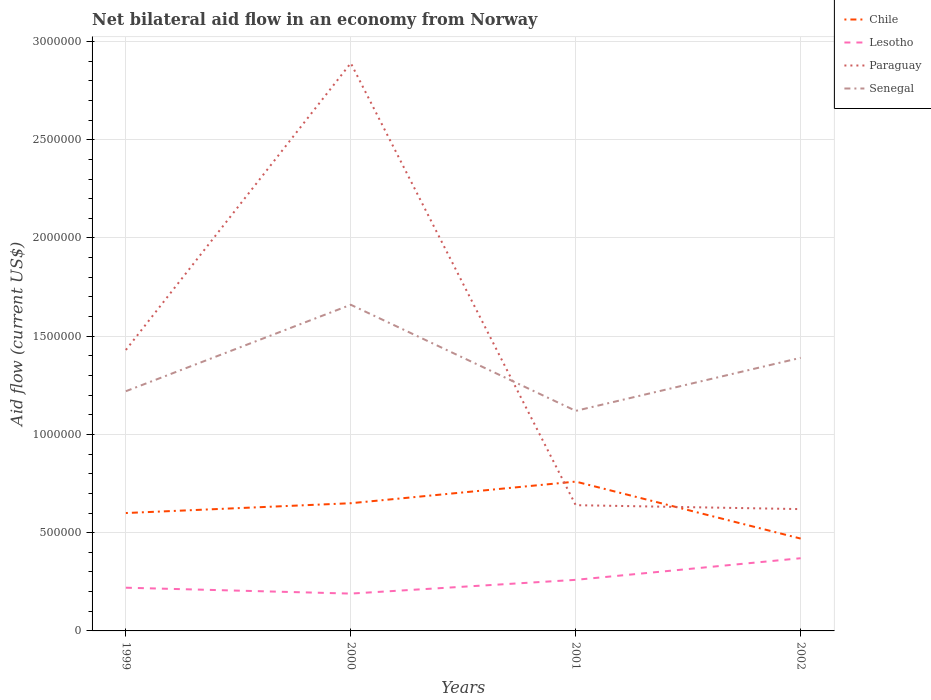
| Years | Chile | Lesotho | Paraguay | Senegal |
 | --- | --- | --- | --- | --- |
 | 1999 | 6e+05 | 2.2e+05 | 1.43e+06 | 1.22e+06 |
 | 2000 | 6.5e+05 | 1.9e+05 | 2.89e+06 | 1.66e+06 |
 | 2001 | 7.6e+05 | 2.6e+05 | 6.4e+05 | 1.12e+06 |
 | 2002 | 4.7e+05 | 3.7e+05 | 6.2e+05 | 1.39e+06 |